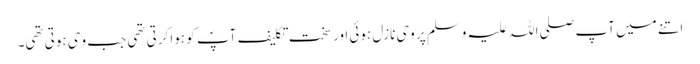
اتنے میں آپ صلی اللہ علیہ وسلم پر وحی نازل ہوئی اور سخت تکلیف آپؐ کو ہوا کرتی تھی جب وحی ہوتی تھی۔